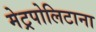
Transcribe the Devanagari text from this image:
मेट्रपोलिटाना